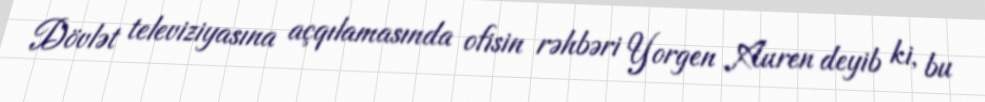
Dövlət televiziyasına açqılamasında ofisin rəhbəri Yorgen Auren deyib ki, bu